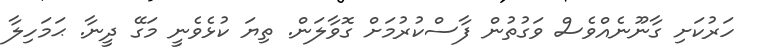
ހަރުކަށި ގާނޫނެއްވެސް ވަގުތުން ފާސްކުރުމަށް ގޮވާލަން. ތިޔަ ކުޅެވެނީ މަގޭ ދީނާ. ޙަމަހިލާ